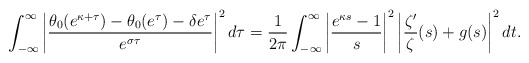
\begin{align*} \int_{-\infty}^\infty \left| \frac{\theta_0(e^{\kappa+\tau})-\theta_0(e^\tau)-\delta e^\tau}{e^{\sigma\tau}} \right|^2 d\tau = \frac{1}{2\pi} \int_{-\infty}^\infty \left| \frac{e^{\kappa s}-1}{s} \right|^2 \left| \frac{\zeta'}{\zeta}(s) + g(s) \right|^2 dt.\end{align*}